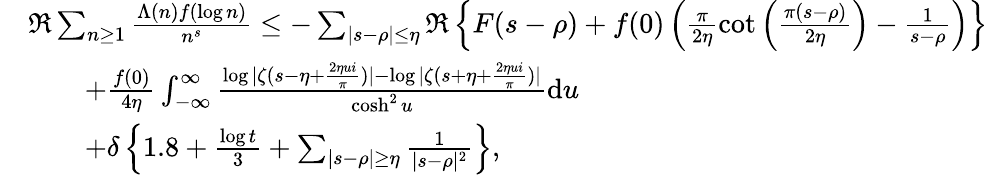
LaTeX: \begin{array}{rl}&{\Re\sum_{n\ge 1}\frac{\Lambda(n)f(\log n)}{n^{s}}\le-\sum_{|s-\rho|\le\eta}\Re\left\{ F(s-\rho)+f(0)\left(\frac{\pi}{2\eta}\cot\left(\frac{\pi(s-\rho)}{2\eta}\right)-\frac{1}{s-\rho}\right)\right\} }\\ &{\qquad+\frac{f(0)}{4\eta}\int_{-\infty}^{\infty}\frac{\log|\zeta(s-\eta+\frac{2\eta ui}{\pi})|-\log|\zeta(s+\eta+\frac{2\eta ui}{\pi})|}{\cosh^{2}u}\mathrm{d}u}\\ &{\qquad+\delta\left\{ 1.8+\frac{\log t}{3}+\sum_{|s-\rho|\ge\eta}\frac{1}{|s-\rho|^{2}}\right\} ,}\end{array}